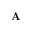
\mathbf { A }